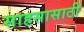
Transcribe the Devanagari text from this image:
साहसासाठी